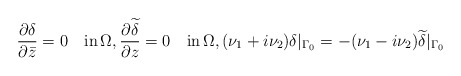
\begin{align*}\,\,\frac{\partial\delta}{\partial \bar z} =0 \quad\mbox{in}\,\Omega,\frac{\partial\widetilde \delta}{\partial z}= 0\quad\mbox{in}\,\Omega,(\nu_1+i\nu_2)\delta\vert_{\Gamma_0}=-(\nu_1-i\nu_2)\widetilde \delta\vert_{\Gamma_0}\end{align*}